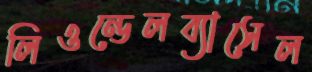
লিওন্ডেলব্যাসেল